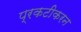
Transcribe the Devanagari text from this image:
प्रकटीकरन